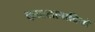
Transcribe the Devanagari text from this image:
कब्बलावादियों